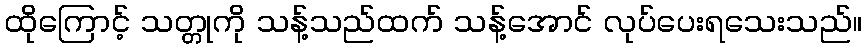
ထိုကြောင့် သတ္တုကို သန့်သည်ထက် သန့်အောင် လုပ်ပေးရသေးသည်။